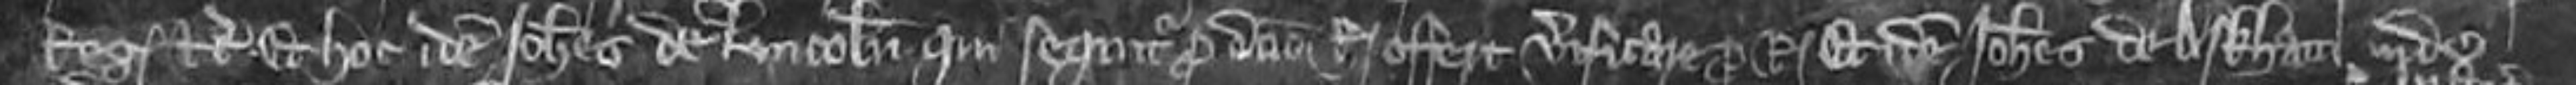
Regis etc et hoc idem Johannes de Lincoln qui sequitur pro domino Regi offert verificare pro Rege Et idem Johannes de Arkham inde